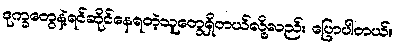
ဒုက္ခတွေနဲ့ရင်ဆိုင်နေရတဲ့သူတွေရှိတယ်လို့လည်း ပြောပါတယ်။